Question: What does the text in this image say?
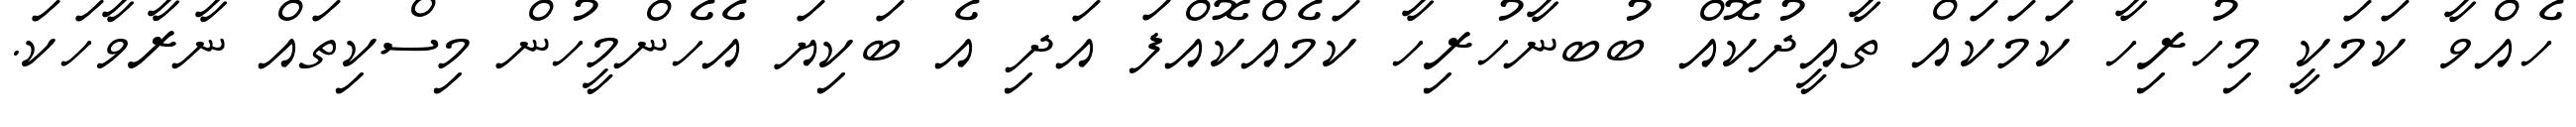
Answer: ހެއްވާ ކަމަކީ މިހުރިހާ ކަމަކައް ތާއީދުކޮއް ބުބނާހުރިހާ ކަމެއްކޮއްފަ އަދި އެ ބަކިޔަ އެހެންމީހުން މިސްކިތައް ނާރާވާހަކަ.